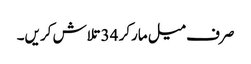
صرف میل مارکر 34 تلاش کریں۔